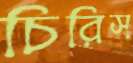
চিরিস